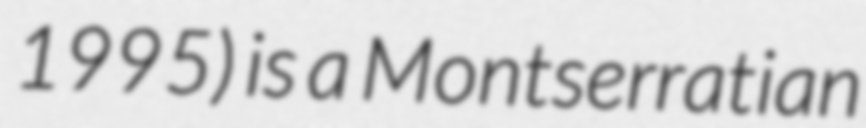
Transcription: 1995) is a Montserratian